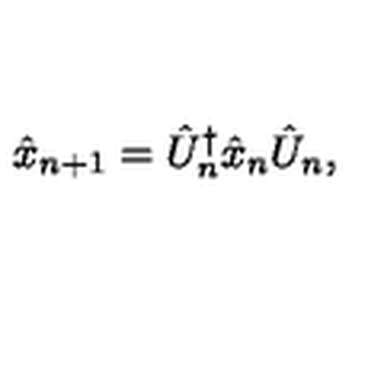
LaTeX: \hat { x } _ { n + 1 } = \hat { U } _ { n } ^ { \dagger } \hat { x } _ { n } \hat { U } _ { n } ,